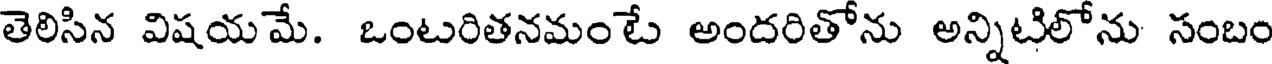
తెలిసిన విషయమే. ఒంటరితనమంటే అందరితోను అన్నిటిలోను సంబం